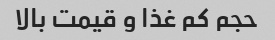
حجم کم غذا و قیمت بالا